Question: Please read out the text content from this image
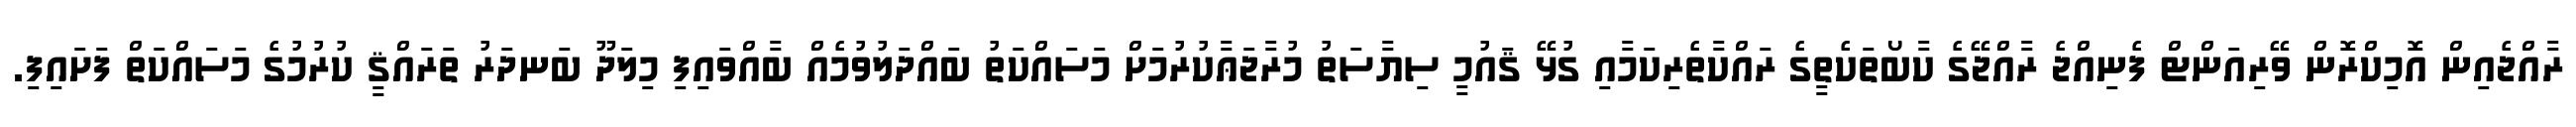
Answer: ރާއްޖެއިން އޮމިކްރޮން ވޭރިއަންޓް ފެނިއްޖެ ރާއްޖޭގެ ކާބޯތަކެތީގެ ރައްކާތެރިކަމާއި ގުޅޭ ޤައުމީ ސިޔާސަތު މުރާޖަޢާކުރުމަށް މަސައްކަތު ބައްދަލުވުމެއް ބާއްވައިފި މިލަދޫ ބަނދަރު ތަރައްޤީ ކުރުމުގެ މަސައްކަތް ފަށައިފި.